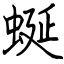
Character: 蜒